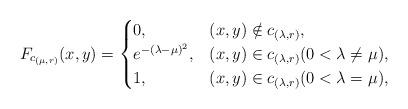
LaTeX: \begin{align*} F_{c_{(\mu, r)}}(x, y)=\begin{cases}0, & (x, y)\notin c_{(\lambda, r)},\\ e^{-(\lambda-\mu)^2}, & (x, y)\in c_{(\lambda, r)}(0<\lambda\neq \mu),\\1, & (x, y)\in c_{(\lambda, r)}(0<\lambda= \mu), \end{cases}\end{align*}